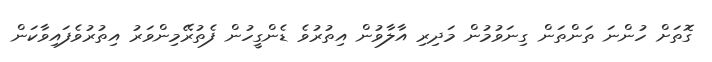
ގޮތަށް ހުންނަ ތަންތަން ގިނަވުމުން މަދިރި އާލާވުން އިތުރުވެ ޑެންގީހުން ފެތުރޭމިންވަރު އިތުރުވެފައިވާކަން